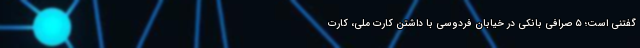
گفتنی است؛ ۵ صرافی بانکی در خیابان فردوسی با داشتن کارت ملی، کارت